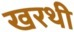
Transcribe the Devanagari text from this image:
खरथी